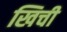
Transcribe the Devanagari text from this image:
खिची